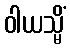
ဝါယသ္မိံ